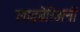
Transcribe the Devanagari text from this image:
लाइब्रेरिअनों